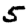
Digit: 5